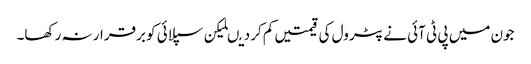
جون میں پی ٹی آئی نے پٹرول کی قیمتیں کم کردیںلیکن سپلائی کو برقرار نہ رکھا۔